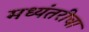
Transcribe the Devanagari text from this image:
मध्यंतरींचा